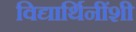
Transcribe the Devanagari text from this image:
विद्यार्थिनींशी